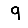
Digit: 9